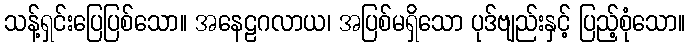
သန့်ရှင်းပြေပြစ်သော။ အနေဠဂလာယ၊ အပြစ်မရှိသော ပုဒ်ဗျည်းနှင့် ပြည့်စုံသော။